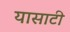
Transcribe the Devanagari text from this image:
यासाटी